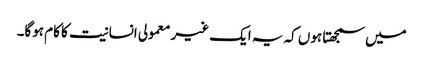
میں سمجھتا ہوں کہ یہ ایک غیر معمولی انسانیت کا کام ہوگا۔